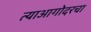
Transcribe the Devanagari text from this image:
त्याआगोदरचा